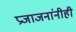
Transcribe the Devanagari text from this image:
प्रजाजनांनीही